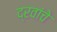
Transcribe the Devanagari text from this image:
द्रवांचे